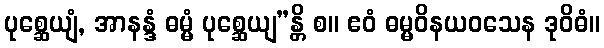
ပုစ္ဆေယျံ, အာနန္ဒံ ဓမ္မံ ပုစ္ဆေယျ”န္တိ စ။ ဧဝံ ဓမ္မဝိနယဝသေန ဒုဝိဓံ။